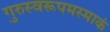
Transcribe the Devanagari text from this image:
गुरुस्वरूपमस्माकं